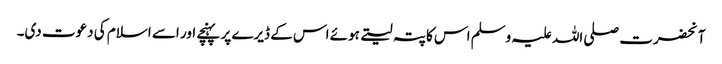
آنحضرت صلی اللہ علیہ وسلم اس کا پتہ لیتے ہوئے اس کے ڈیرے پر پہنچے اور اسے اسلام کی دعوت دی۔